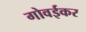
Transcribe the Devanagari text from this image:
गोवईकर